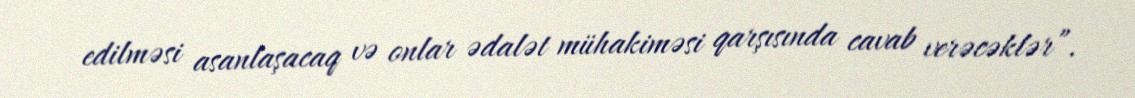
edilməsi asanlaşacaq və onlar ədalət mühakiməsi qarşısında cavab verəcəklər”.